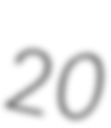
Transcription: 20